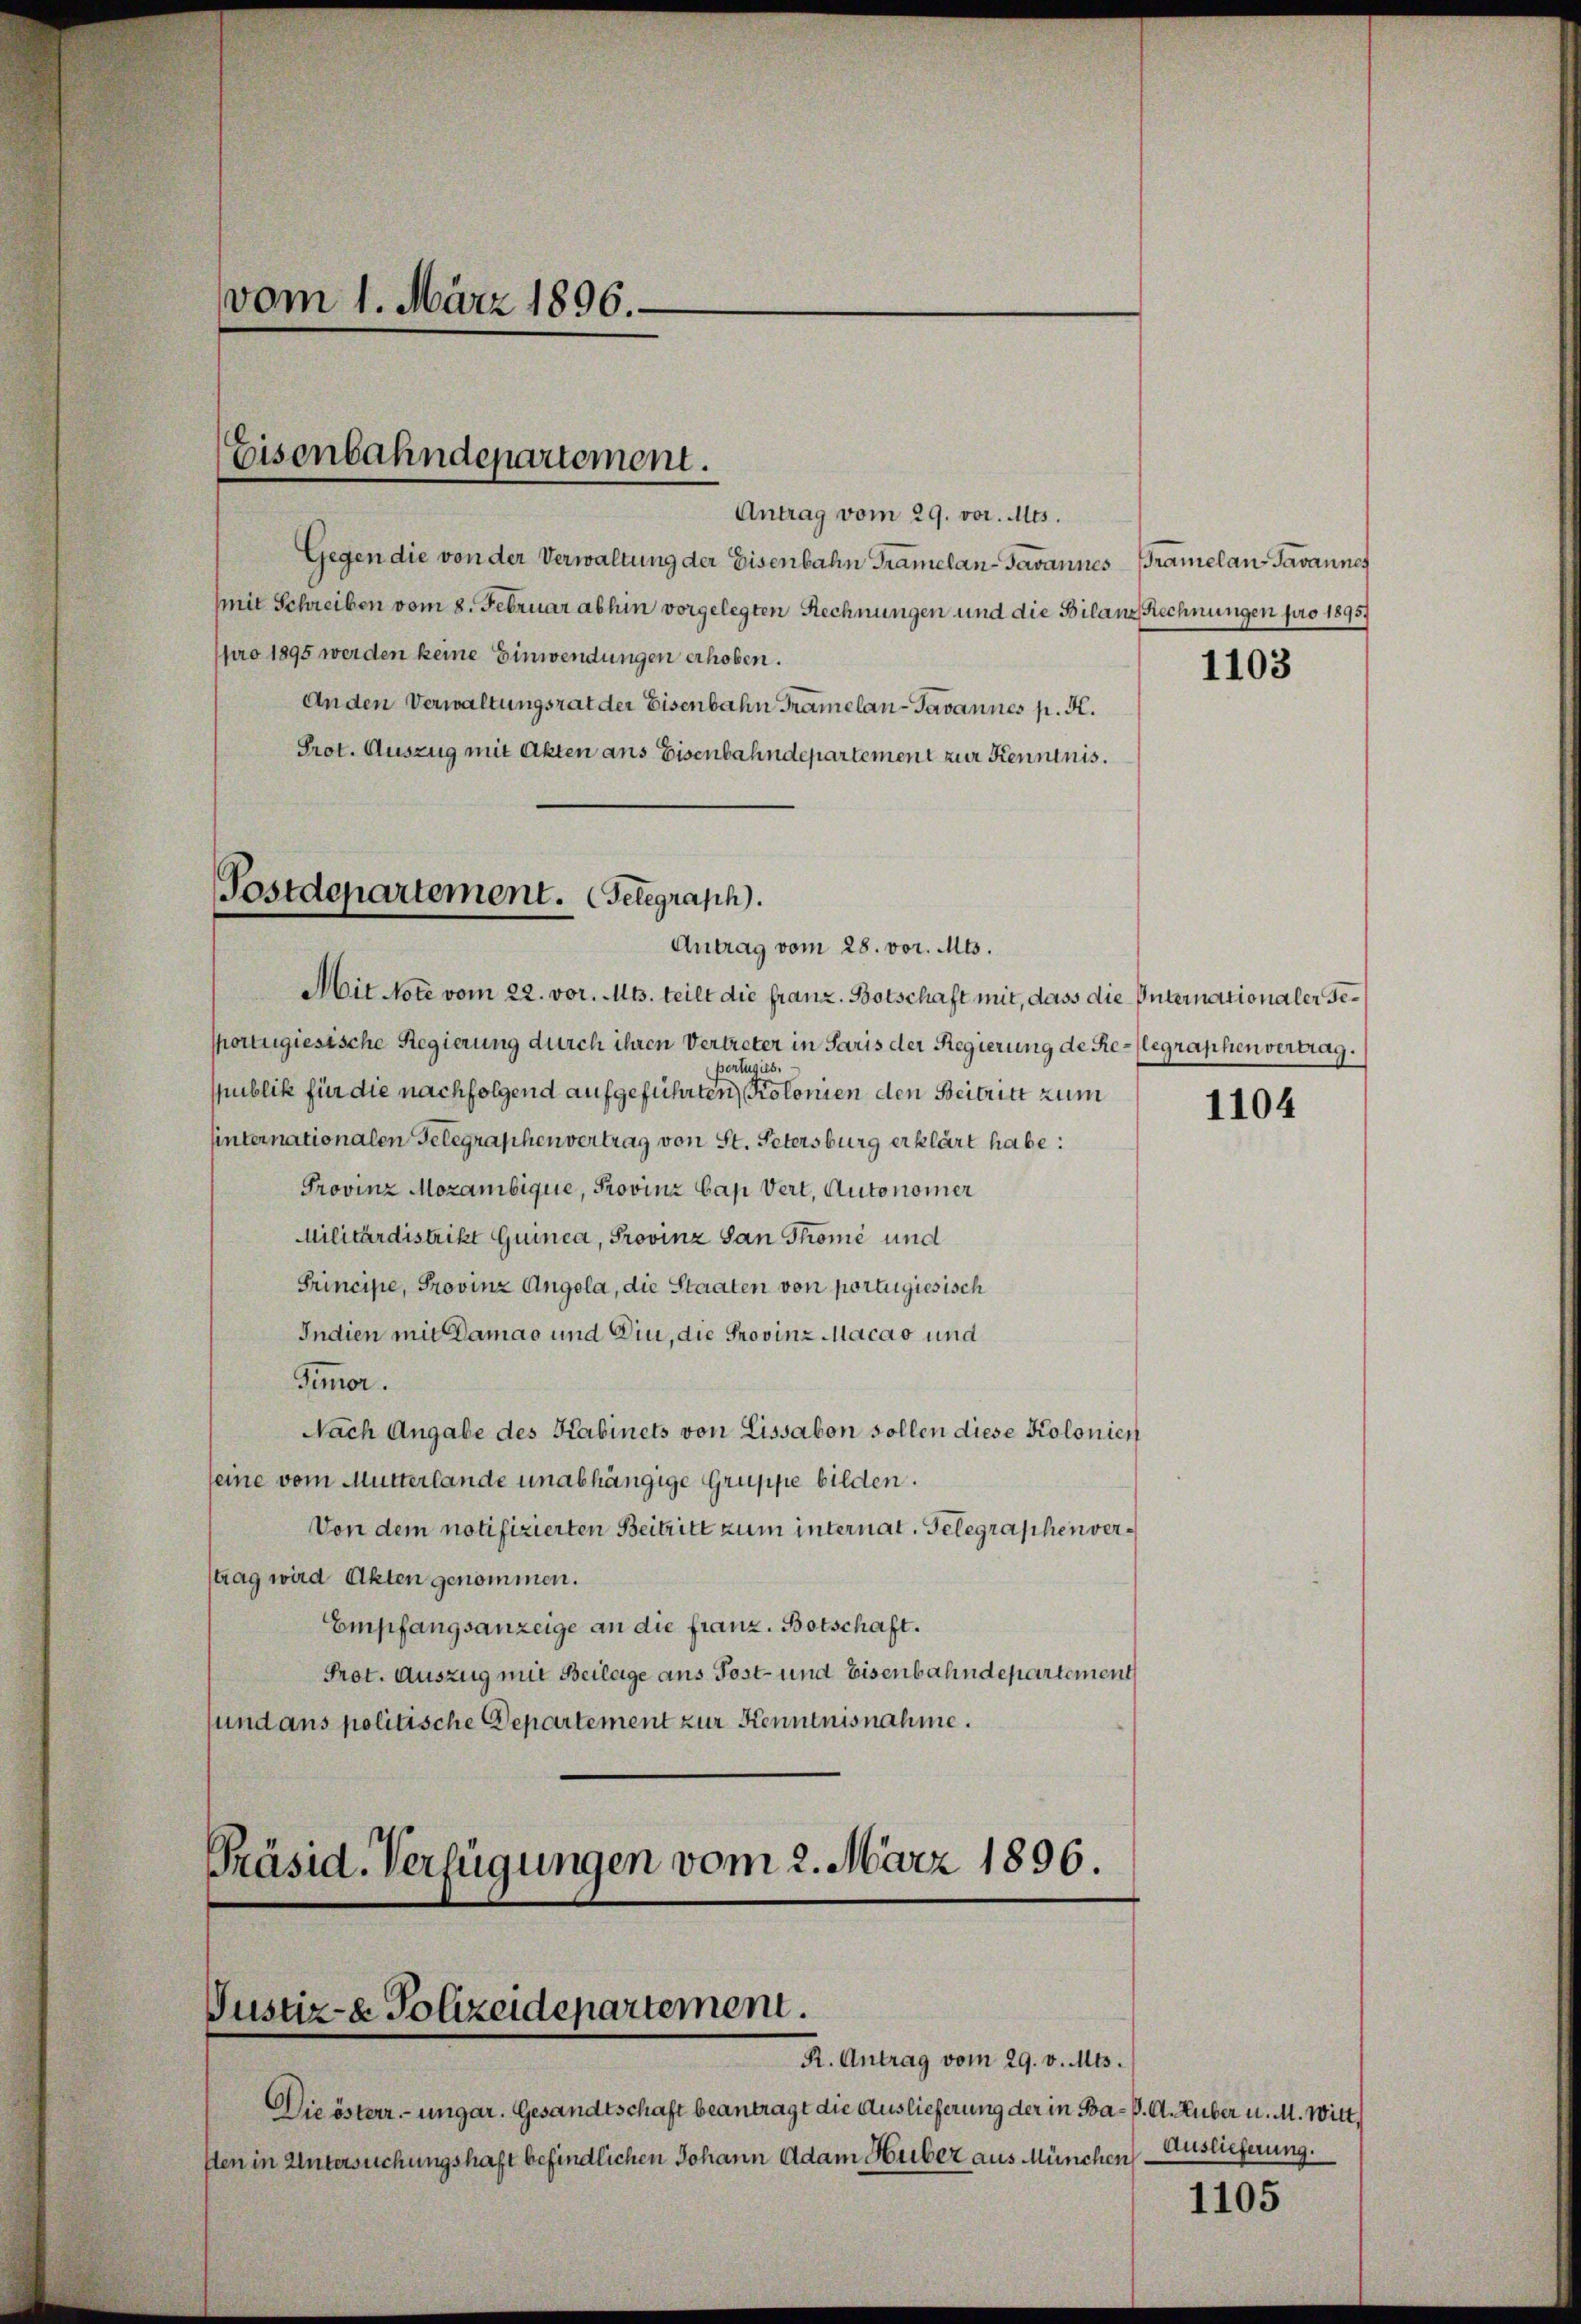
vom 1. März 1896.

Eisenbahndepartement.

Antrag vom 29. vor. Mts.
Gegen die von der Verwaltung der Eisenbahn Tramelan-Javannes Bramelan- Javannes
mit Schreiben vom 8. Februar abhin vorgelegten Rechnungen und die Bilanz Rechnungen pro 1895.
pro 1895 werden keine Einwendungen erhoben.
Anden Verwaltungsrat der Eisenbahn Tramelan-Javannes p. K.
Prot. Auszug mit Akten ans Eisenbahndepartement zur Kenntnis.
Postdepartement. Gelegraph.

Mit Note vom 22. vor. Mts. teilt die franz. Botschaft mit, dass die Internationaler Gesportugiesische Regierung durch ihren Vertreter in Paris der Regierung de Relegraphen vertrag.
portugieb
spublik für die nachfolgend aufgeführten Kolonien den Beitritt zum
unternationalen Gelegraphenvertrag von St. Petersburg erklärt habe:
Provinz Mozambique, Provinz Cap Vert, Autonomer
MMilitärdistrikt Guinca, Provinz San Thome und
Principe, Provinz Angola, die Staaten von portugiesisch
Indien mit Damas und Din, die Provinz Macao und
Timor.
Nach Angabe des Kabinets von Lissabon sollen diese Kolonien
seine vom Mutterlande unabhängige Gruppe bilden.
Von dem notifizierten Beitritt zum internat. Gelegraphen verstrag wird Akten genommen.
Empfangsanzeige an die franz. Botschaft.
Prot. Auszug mit Beilage aus Post- und Eisenbahndepartement
sund ans politische Departement zur Kenntnisnahme.

Antrag vom 28. vor. Mts.

Präsid. Verfügungen vom 2. März 1896.
Justiz- & Polizeidepartement.
R. Antrag vom 29. v. Mts.

Die österr.-ungar. Gesandtschaft beantragt die Auslieferung der in Ba-S. A. Huber u. M. Witt
ften in Untersuchungshaft befindlichen Johann Adam Huber aus München

1103

1104

Auslieferung.

1105